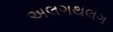
અલગથલગ